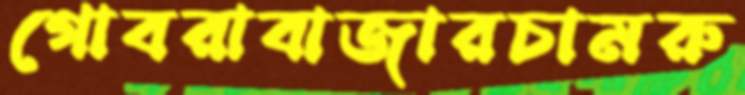
গোবরাবাজারচামরু